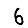
Digit: 6